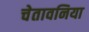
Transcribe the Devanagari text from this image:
चेतावनिया